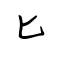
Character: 匕